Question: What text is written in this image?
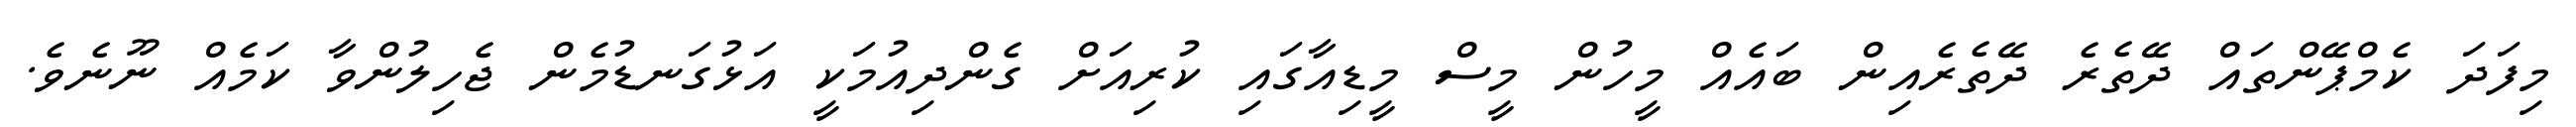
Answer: މިފަދަ ކެމްޕޭންތައް ދޭތެރެ ދޭތެރެއިން ބައެއް މީހުން މީސް މީޑިއާގައި ކުރިއަށް ގެންދިއުމަކީ އަޅުގަނޑުމެން ޖެހިލުންވާ ކަމެއް ނޫނެވެ.